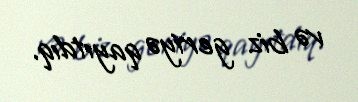
və biz geriyə qayıtdıq.